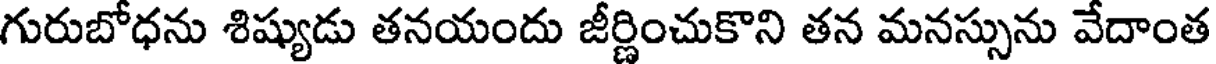
గురుబోధను శిష్యుడు తనయందు జీర్ణించుకొని తన మనస్సును వేదాంత